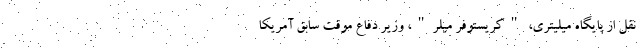
نقل از پایگاه میلیتری، "کریستوفر میلر"، وزیر دفاع موقت سابق آمریکا